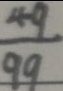
\frac { 4 9 } { 9 9 }